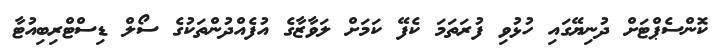
ކޮންސެޕްޓަށް ދުނިޔޭގައި ހުޅުވި ފުރަތަމަ ކެފޭ ކަމަށް ލަވާޒާގެ އުފެއްދުންތަކުގެ ސޯލް ޑިސްޓްރިބިއުޓާ